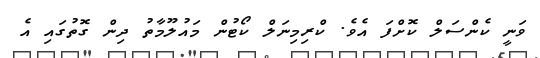
ވަނީ ކެންސަލް ކޮށްފަ އެވެ. ކްރިމިނަލް ކޯޓުން މައުލޫމާތު ދިން ގޮތުގައި އެ